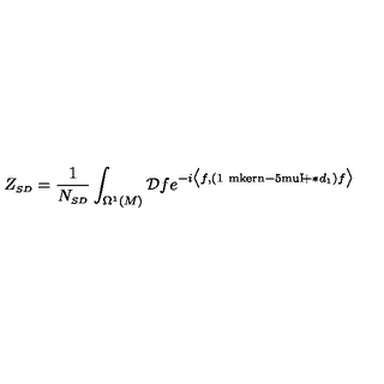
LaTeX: Z _ { \scriptscriptstyle S D } = \frac { 1 } { N _ { \scriptscriptstyle S D } } \int _ { \Omega ^ { \scriptscriptstyle 1 } ( M ) } \mathcal { D } f e ^ { - i \bigl \langle f , ( \mathrm { 1 \ m k e r n - 5 m u I \! } + \ast d _ { \scriptscriptstyle 1 } ) f \bigr \rangle }